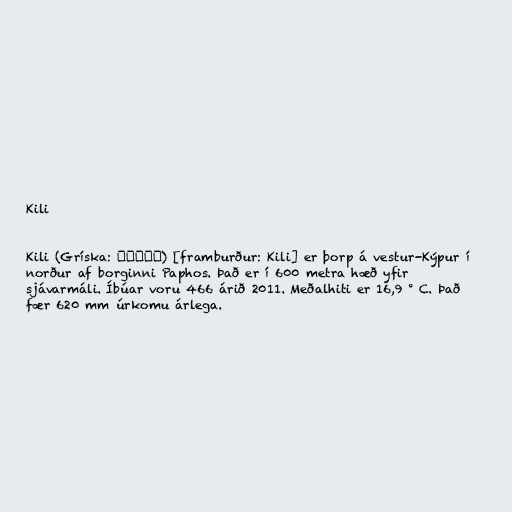
Kili

Kili (Gríska: Κοίλη) [framburður: Kili] er þorp á vestur-Kýpur í
norður af borginni Paphos. Það er í 600 metra hæð yfir
sjávarmáli. Íbúar voru 466 árið 2011. Meðalhiti er 16,9 ° C. Það
fær 620 mm úrkomu árlega.